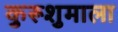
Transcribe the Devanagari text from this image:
कुरूशुमाला